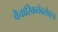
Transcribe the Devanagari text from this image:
वैचारिकतेबरोबरच